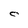
Character: C